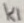
Text: K1